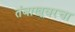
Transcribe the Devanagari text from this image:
तंबाखूवरचा